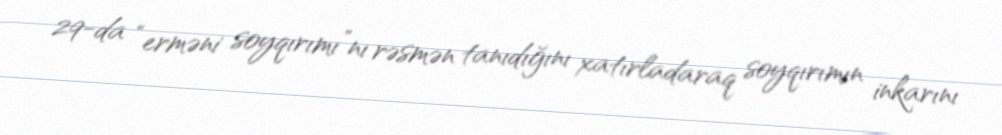
29-da “erməni soyqırımı”nı rəsmən tanıdığını xatırladaraq soyqırımın inkarını